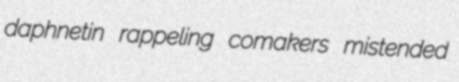
daphnetin rappeling comakers mistended